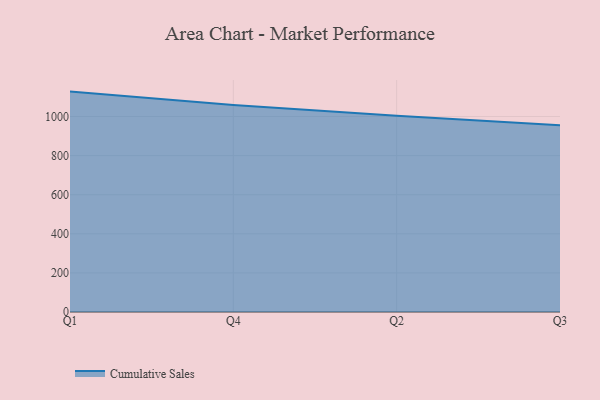
{"axis": {"x": "Quarter", "y": "Revenue (USD Million)"}, "legend": ["Cumulative Sales"], "data": [{"x": "Q1", "y": 1127.3, "type": "Cumulative Sales"}, {"x": "Q4", "y": 1058.2, "type": "Cumulative Sales"}, {"x": "Q2", "y": 1004.4, "type": "Cumulative Sales"}, {"x": "Q3", "y": 954.6, "type": "Cumulative Sales"}]}